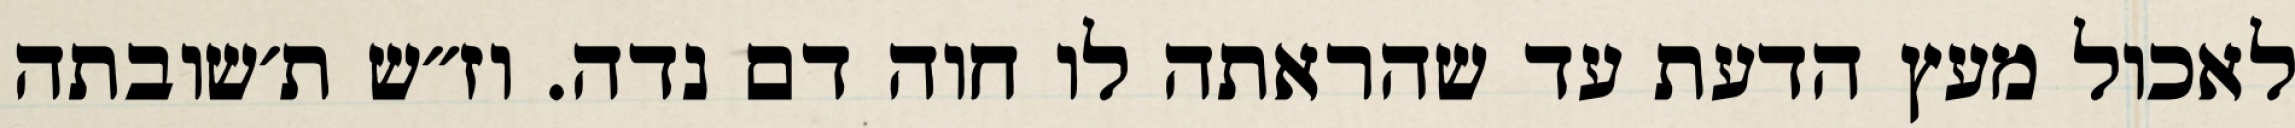
לאכול מעץ הדעת עד שהראתה לו חוה דם נדה. וז״ש ת׳שובתה